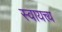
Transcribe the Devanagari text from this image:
स्वायत्त्य